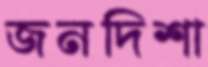
জনদিশা